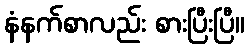
နံနက်စာလည်း စားပြီးပြီ။